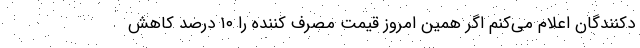
دكنندگان اعلام مي‌كنم اگر همين امروز قيمت مصرف كننده را ١٠ درصد كاهش